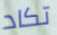
تكاد